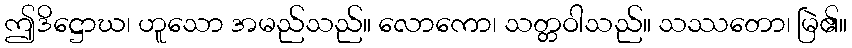
ဤဒိဋ္ဌောဃ၊ ဟူသော အမည်သည်။ လောကော၊ သတ္တဝါသည်။ သဿတော၊ မြဲ၏။